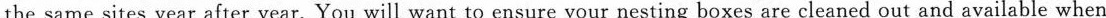
the same sites year after year. You will want to ensure your nesting boxes are cleaned out and available when